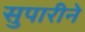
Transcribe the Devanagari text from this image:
सुपारीने